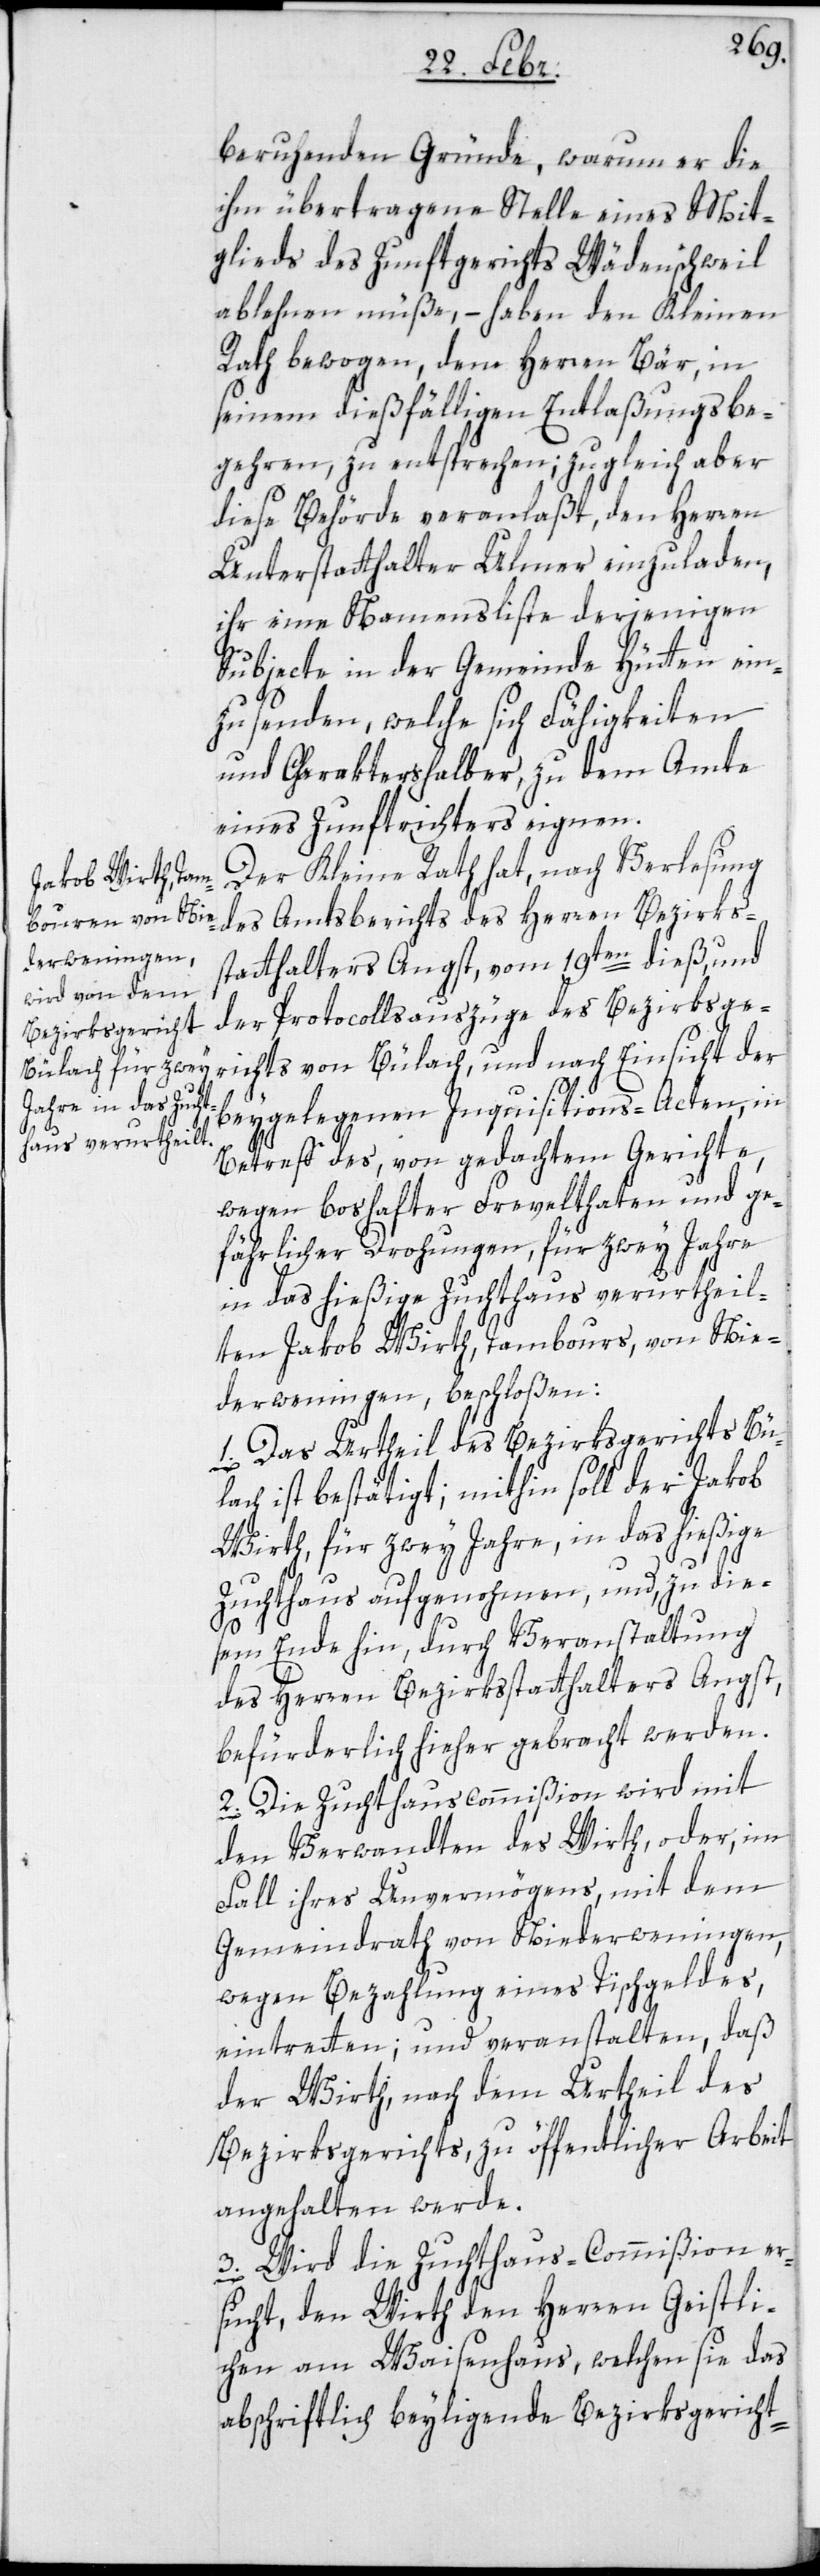
beruhenden Gründe, warum er die
ihm übertragene Stelle eines Mit¬
glieds des Zunftgerichts Wädenschweil
ablehnen müße, – haben den Kleinen
Rath bewogen, dem Herren Bär, in
seinem dießfälligen Entlaßungsbe¬
gehren, zu entsprechen; zugleich aber
diese Behörde veranlaßt, den Herren
Unterstatthalter Ulmer einzuladen,
ihr eine Namensliste derjenigen
Subjecte in der Gemeinde Hütten ein¬
zusenden, welche sich Fähigkeiten
und Charaktershalber, zu dem Amte
eines Zunftrichters eignen.
Der Kleine Rath hat, nach Verlesung
des Amtsberichts des Herren Bezirks¬
statthalters Angst, vom 19ten dieß, und
der Protocollsauszüge des Bezirksge¬
richts von Bülach, und nach Einsicht der
beygelegenen Inquisitions-Acten, in
Betreff des von gedachtem Gerichte,
wegen boshafter Frevelthaten und ge¬
fährlicher Drohungen, für zwey Jahre
in das hießige Zuchthaus verurtheil¬
ten Jakob Wirth, Tambours, von Nie¬
derwenigen, beschloßen:
1. Das Urtheil des Bezirksgerichts Bü¬
lach ist bestätigt, mithin soll der Jakob
Wirth, für zwey Jahre in das hießige
Zuchthaus aufgenohmen, und, zu die¬
sem Ende hin, durch Veranstaltung
des Herren Bezirksstatthalters Angst,
befürderlich hieher gebracht werden.
2. Die Zuchthauscommißion wird mit
den Verwandten des Wirth, oder, im
Fall ihres Unvermögens, mit dem
Gemeindrath von Niederweningen,
wegen Bezahlung eines Tischgeldes,
eintretten; und veranstalten, daß
der Wirth, nach dem Urtheil des
Bezirksgerichts, zu öffentlicher Arbeit
angehalten werde.
3. Wird die Zuchthaus-Commißion er¬
sucht, den Wirth den Herren Geistli¬
chen am Waisenhaus, welchen sie das
abschriftlich beyliegende Bezirksgericht-